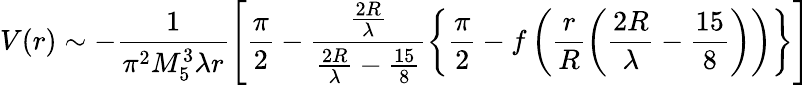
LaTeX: V(r)\sim-\frac{1}{\pi^{2}M_{5}^{3}\lambda r}\left[\frac{\pi}{2}-\frac{\frac{2R}{\lambda}}{\frac{2R}{\lambda}-\frac{15}{8}}\left\{ \frac{\pi}{2}-f\left(\frac{r}{R}\left(\frac{2R}{\lambda}-\frac{15}{8}\right)\right)\right\} \right]